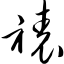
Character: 裱